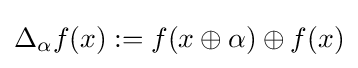
\Delta _{\alpha }f(x):=f(x\oplus \alpha )\oplus f(x)